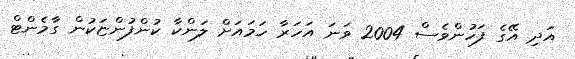
އަދި އޭގެ ފަހުންވެސް 2004 ވަނަ އަހަރާ ހަމައަށް ލަންކާ ކުންފުންޏަކުން ގާމެންޓް